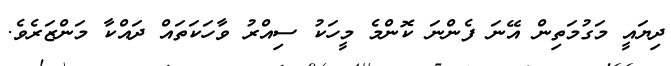
ދިޔައީ މަގުމަތިން އޭނަ ފެންނަ ކޮންމެ މީހަކު ސިއްރު ވާހަކަތައް ދައްކާ މަންޒަރެވެ.